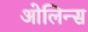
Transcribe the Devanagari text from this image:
ओलिन्स